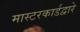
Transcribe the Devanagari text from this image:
मास्टरकार्डद्वारे